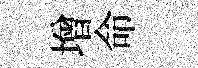
增命